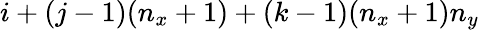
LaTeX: i+(j-1)(n_{x}+1)+(k-1)(n_{x}+1)n_{y}